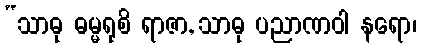
“သာဓု ဓမ္မရုစိ ရာဇာ, သာဓု ပညာဏဝါ နရော၊